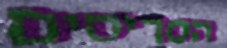
הסריסים